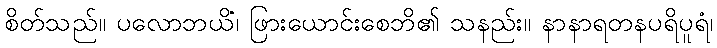
စိတ်သည်။ ပလောဘယိံ၊ ဖြားယောင်းစေဘိ၏ သနည်း။ နာနာရတနပရိပူရံ၊